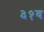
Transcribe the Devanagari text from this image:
३१व